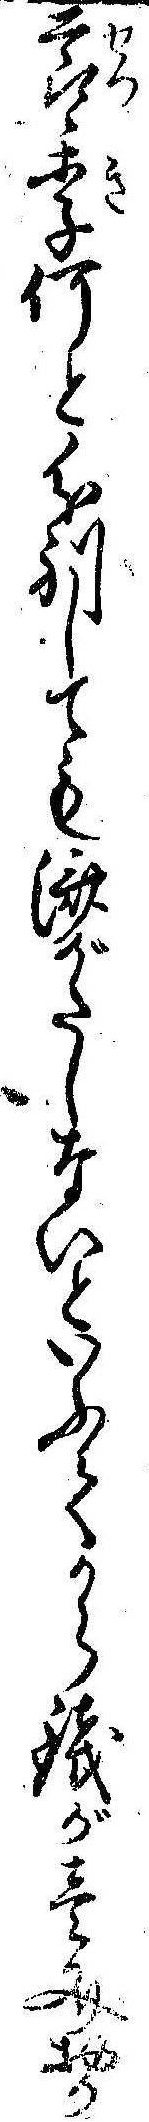
節季何と分別しても済がたしないといふてから銭が壱文おか